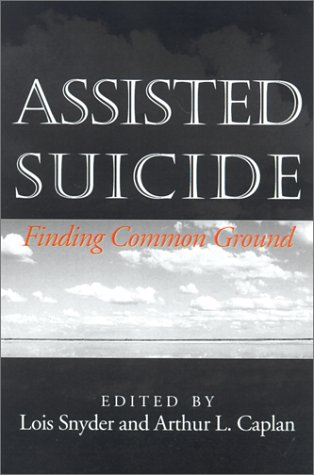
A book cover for Assisted Suicide: Finding Common Ground; Medical Books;